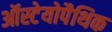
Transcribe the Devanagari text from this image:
ऑस्टेयोपैथिक